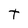
Character: t